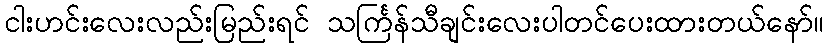
ငါးဟင်းလေးလည်းမြည်းရင် သင်္ကြန်သီချင်းလေးပါတင်ပေးထားတယ်နော်။